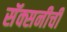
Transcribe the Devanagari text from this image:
सॅक्सनीची